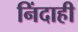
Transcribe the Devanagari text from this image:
निंदाही